Annual report of the Bengal Veterinary College and of the Civil Veterinary Department, Bengal, for the year 1909-1910 - 1909-1910
Year: 1909
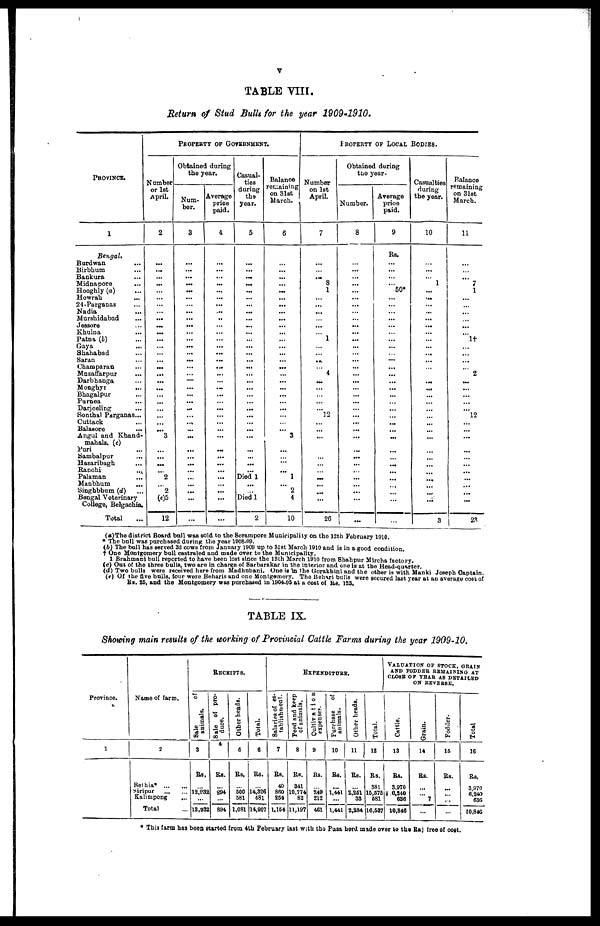
V
TABLE VIII.
Return of Stud Bulls for the year 1909-1910.
PROVINCE.
1
Bengal.
Bardwan ...
Birbhum ...
Bankura ...
Midnapore ...
Hooghly (a) ...
Howrah ...
24-Parganas ...
Nadia ...
Murshidabad ...
Jessore ...
Khulna ...
Patns (b) ...
Gaya
...
Shahabad ...
Saran ...
Champaran ...
Mnzaffarpur ...
Darbbanga ...
Monghyr
...
Bhagalpur ...
Purnea ...
Darjeeling ...
Sonthal Parganas...
Cuttack ...
Balasore ...
Angul and Khand-
mahals. (c)
Puri ...
Sambalpur ...
Hazaribagh ...
Ranchi ...
Palaman ...
Manbhum ...
Singhbhum (d) ...
Bengal Veterinary
College, Belgachia,
Total
PROPERTY OF GOVERNMENT.
Number
or 1st
April.
2
...
...
...
...
...
...
...
... ...
...
...
...
... ...
...
...
...
...
...
... ...
...
...
... ... 3
... ... ...
... 2
...
2
(e)5
12
Obtained during
the year.
Num-
ber.
3
...
...
...
...
...
...
...
...
...
...
...
...
...
...
...
...
... ...
...
...
...
...
... ...
...
...
...
...
...
...
... ...
...
...
...
Average
price
paid.
4
...
...
...
...
...
...
...
...
..
... ...
...
...
...
...
...
...
...
...
...
... ...
...
... ...
...
...
...
...
...
...
...
...
...
...
Casual-
ties
during
the
year.
5
...
...
...
...
...
...
...
...
...
...
... ...
...
...
...
...
...
...
...
...
...
...
...
...
...
...
...
...
...
...
Died 1
...
... Died 1
2
Balance
retraining
on 31st
March.
6
... ...
...
...
...
...
...
...
...
... ...
...
... ...
... ...
... ...
...
...
... ...
...
... ... 3
...
...
...
... 1
... 2
4
10
PROPERTY OF LOCAL BODIES.
Number
on 1st
April.
7
...
... ... 8
1
... ...
...
... ...
...
1
...
... ...
...
4
...
...
...
...
... 12
... ...
...
... ...
...
... ...
...
...
...
26
Obtained during
the year.
Number.
8
... ...
... ...
...
...
...
... ...
...
...
...
...
...
...
...
...
...
...
...
...
...
...
...
...
...
...
...
...
...
...
... ...
...
...
Average
prioe
paid.
9
Rs.
... ...
...
... 50*
...
...
... ...
...
... ...
...
...
...
...
...
...
...
...
... ...
... ...
...
...
...
...
...
...
...
...
...
...
...
Casualties
during
the year.
10
... ...
...
1
... ...
...
...
...
...
... ...
... ...
...
...
... ...
...
...
... ...
...
...
...
...
... ...
...
...
...
... ...
...
3
Balance
remaining
on 31st
March.
11
...
... ... 7
1
...
...
...
... ...
... 1†
...
...
...
...
2
...
...
...
...
... 12
...
...
...
...
...
...
...
...
...
...
...
23
(a)The district Board bull was sold to the Serampore Municipality on the 12th February 1910.
* The bull was purchased during the year 1908-09.
(b) The bull has served 32 cows from January 1909 up to 81st March 1910 and is in a good condition.
† One Montgomery bull castraled and made over to the Municipality.
1 Brahmani bull reported to have been lost since the 12th March 1910 from Shahpur Mircha factory.
(c) Out of the three bulls, two are in charge of Sarbarakar in the interior and one is at the Head-quarter.
(d) Two bulls were received here from Madhubani. One is in the Gorakhini and the other is with Manki Joseph Captain.
(e) Of the five bulls, four were Beharis and one Montgomery. The Behari bulls were secured last year at an average cost of
Rs. 25, and the Montgomery was purchased in 1904-05 at a cost of &b. 123.
TABLE IX.
Showing main results of the working of Provincial Cattle Farms during the year 1909-10.
Province.
Name of farm.
1
2
Bethia*
...
Siripur
...
Kalimpong
Total
Sale of pro-
duce.
...
...
...
Other heads.
3
Rs.
...
12,932
...
12,932
Total.
4
Rs.
...
894
...
894
Salaries of es-
tablishment.
5
Rs.
...
600
581
1,081
Peed and keep
of animals.
6
Rs.
...
14,326
681
14,907
Cultivation
expenses.
7
Rs.
40
860
254
1,154
Purchase
of
animals.
8
Rs.
341
10,774
82
11,197
9
Other heads.
Rs.
...
249
212
461
Total.
10
Rs.
...
1,441
...
1,441
11
Rs.
...
2,251
33
2,284
ON REVERSE.
Cattle.
12
Rs.
381
15,575
581
16,587
Grain.
13
Rs.
3,970
6,240
636
10,846
Fodder-
14
Rs.
...
...
7
...
Total
15
Rs.
...
...
...
...
16
Rs.
3,970
6,240
636
10,846
* This farm has been started from 4th February last with the Pusa herd made over to the Raj free of cost.